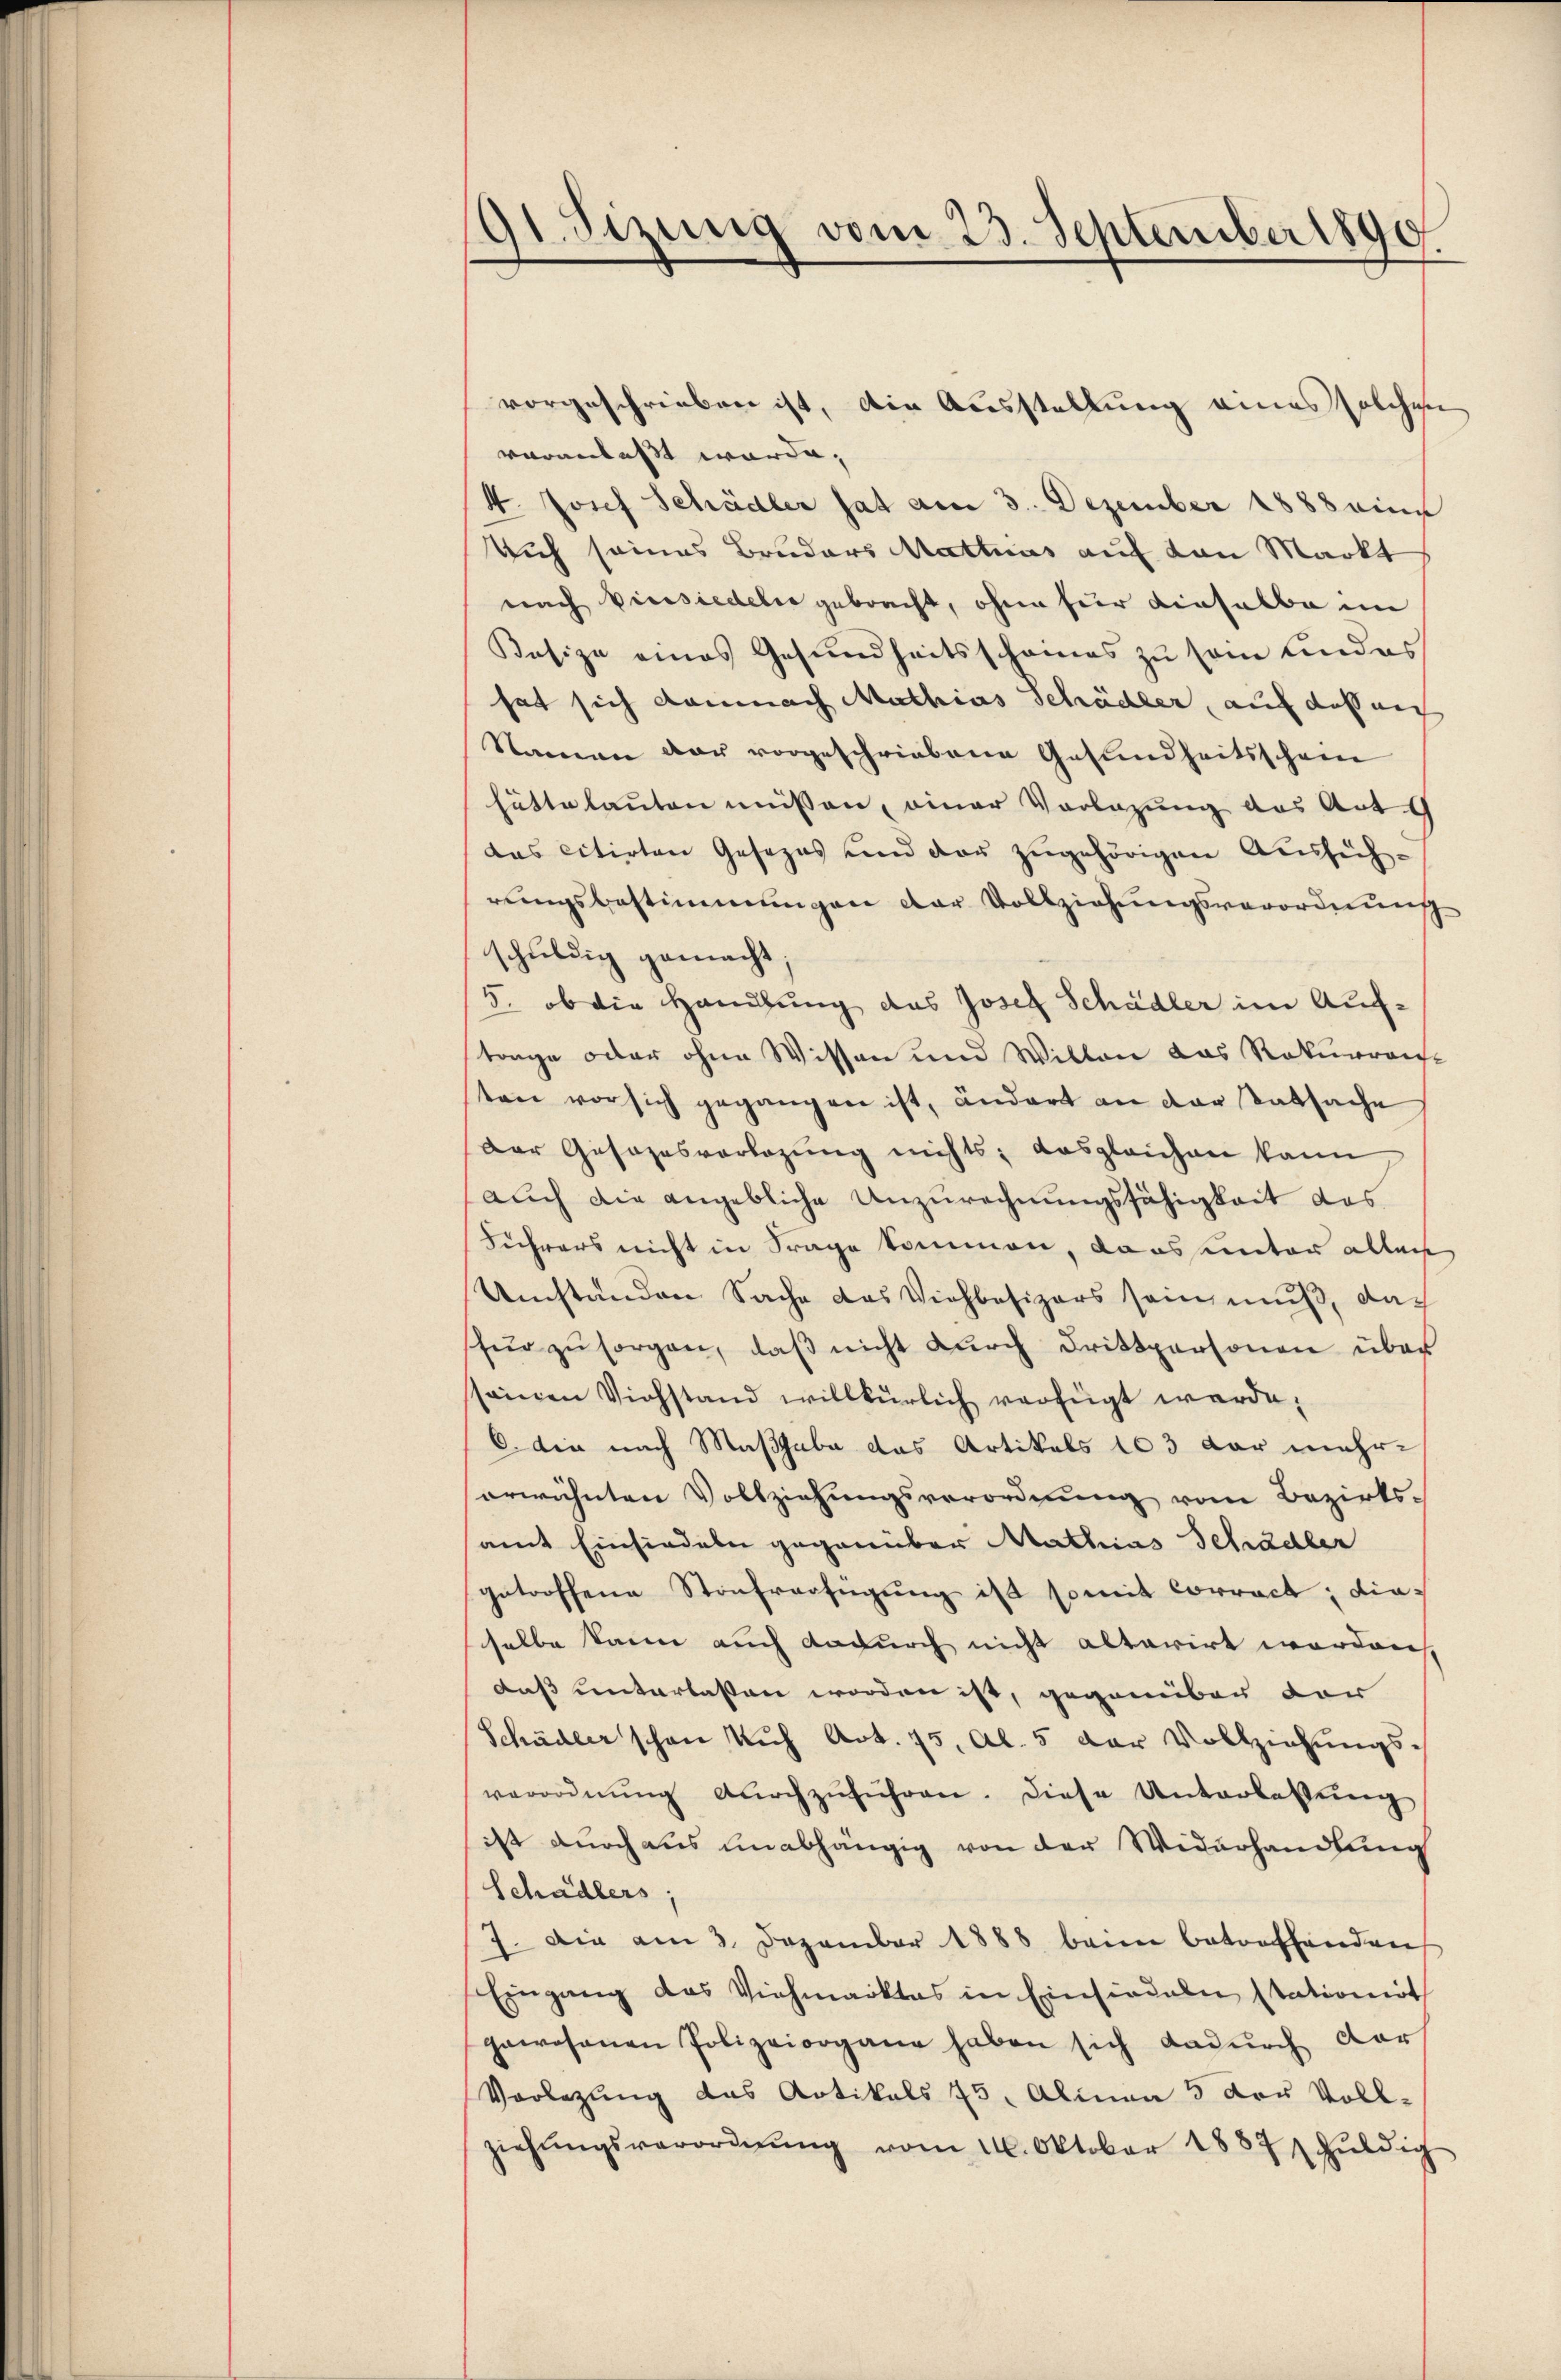
91. Sizung vom 23. September 1890

vorgeschrieben ist, die Ausstellung eines solchen
veranlasst worde.
4. Josef Schädler hat am 3. Dezember 1888 eine
Dich seines Bruders Mathias auf den Markt
nach Einsiedeler gebracht, ohne für einhalbe im
Kesize eines Gesundheitsscheines zu vom Kindes
hat sich damnach Mathias Schädler, auf dass nich
Namen der vorgeschriebene Gesundheitsschein
hätte lauten müssen, einer Vorlegung des Art. 9
das citirten Gesezes und der zugehörigen Aussichrungsbestimmungen der Vollziehungsverordnung
schuldig gemacht
5. ob die Handlung des Josef Schädler im Auftrage oder ohne Wissen und Wilten das Rekurren
ten vor sich gegangen ist, ändert an der Tatsache
Der Gesezesvorlegŭng nichts; das gleichen kann,
auch die angebliche Unzurechnungsfähigkeit das
Führers nicht in Frage kommen, dass unter allei
Umständen Sache das Viehbesizers sein muß, dach
für zŭ sorgen, daβ nicht dŭrch drittpersonen über
seinen Viehstand willkürlich verfügt werde;
6. die nach Maßgabe das Artikels 103 dar mehrerwähnten Vollziehungsverordnung vom Bezirksamt Einsiedeln gegenüber Mathias Schädler
getroffene Strafverfügung ist somit Correct, dieselbe kann auch dadurch nicht alterirt worden,
daß unterlassen worden ist, gegenüber dar
Schädler schon Kuh Art. 75, Al. 5 der Vollziehŭngs-
verordnŭng dŭrchzŭführen. Diese Unterlassŭng
ist durch aus unabhängig von der Widerhandlung
Schädlers;
7. Die am 3. Dezember 1888 beim betreffenden
Eingang des Viehmarktes in Einsiedeln stationirt
gewesenen Polizeiorgane haben sich dadŭrch dar
Vorlegung das Artikals 75. Alinea 5 der Voll-
ziehŭngsverordnŭng vom 21. Oktober 1887 hŭldig